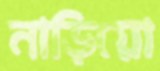
নাড়িয়ো